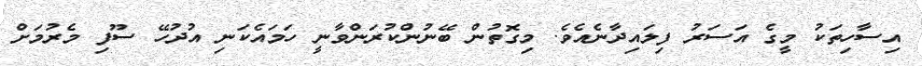
އިސާހިތަކު މީގެ އަސަރު ފިލައިދާނެއެވެ. މިގޮތުން ބޭނުންކުރަންވާނީ ހަމައެކަނި އުދުހޭ ސޫފި މެރުމަށް